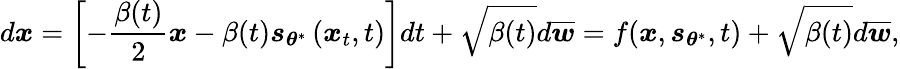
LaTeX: d\boldsymbol{x}=\left[-\frac{\beta(t)}{2}\boldsymbol{x}-\beta(t)\boldsymbol{s}_{\boldsymbol{\theta}^{*}}\left(\boldsymbol{x}_{t},t\right)\right]dt+\sqrt{\beta(t)}d\overline{{\boldsymbol{w}}}=f(\boldsymbol{x},\boldsymbol{s}_{\boldsymbol{\theta}^{*}},t)+\sqrt{\beta(t)}d\overline{{\boldsymbol{w}}},